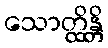
သောတ္ထိန္တိ